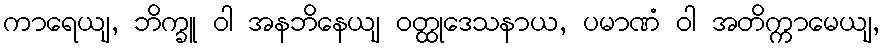
ကာရေယျ, ဘိက္ခူ ဝါ အနဘိနေယျ ဝတ္ထုဒေသနာယ, ပမာဏံ ဝါ အတိက္ကာမေယျ,